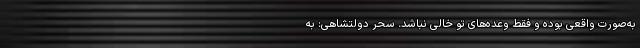
به‌صورت واقعی بوده و فقط وعده‌های تو خالی نباشد. سحر دولتشاهی: به